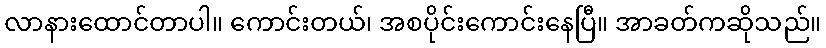
လာနားထောင်တာပါ။ ကောင်းတယ်၊ အစပိုင်းကောင်းနေပြီ။ အာခတ်ကဆိုသည်။